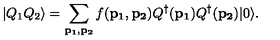
| Q _ { 1 } Q _ { 2 } \rangle = \sum _ { { \bf p _ { 1 } } , { \bf p _ { 2 } } } f ( { \bf p _ { 1 } } , { \bf p _ { 2 } } ) Q ^ { \dagger } ( { \bf p _ { 1 } } ) Q ^ { \dagger } ( { \bf p _ { 2 } } ) | 0 \rangle .